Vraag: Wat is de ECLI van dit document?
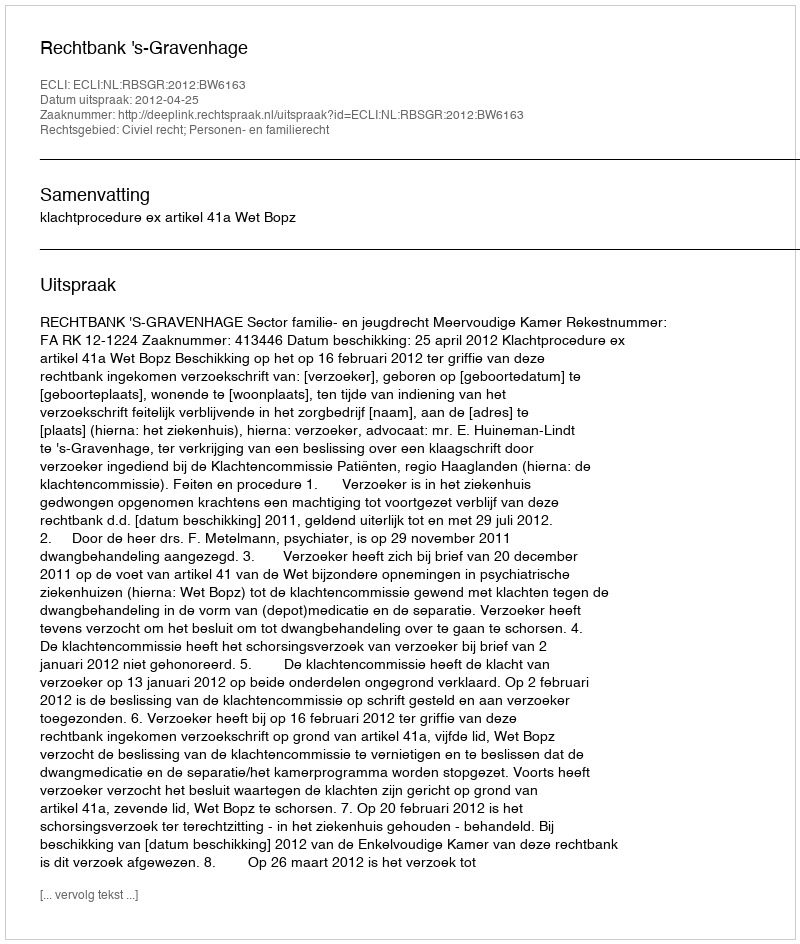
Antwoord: ECLI:NL:RBSGR:2012:BW6163